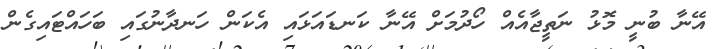
އޭނާ ބުނީ މޮޅު ނަތީޖާއެއް ހޯދުމަށް އޭނާ ކަނޑައަޅައި އެކަން ހަނދާނުގައި ބަހައްޓައިގެން